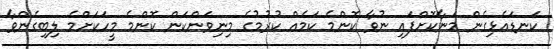
ކަނޑައެޅިގެން މަނާކޮށްފައި ނުވާ ކޮންމެ ކަމެއް ކުރުމުގެ މިނިވަންކަން ކޮންމެ މީހަކަށްމެ ލިބިގެންވާ